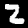
Label: 2